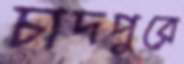
চাদপুরে